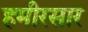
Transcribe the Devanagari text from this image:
हमीरसार